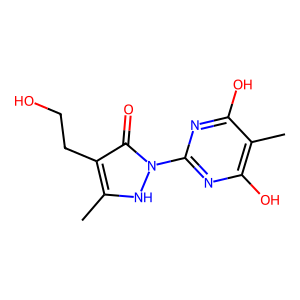
SMILES: Cc1[nH]n(-c2nc(O)c(C)c(O)n2)c(=O)c1CCO
Inhibits HIV replication: No